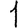
Digit: 1